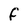
Character: F